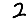
Digit: 2